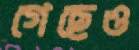
গেছেও